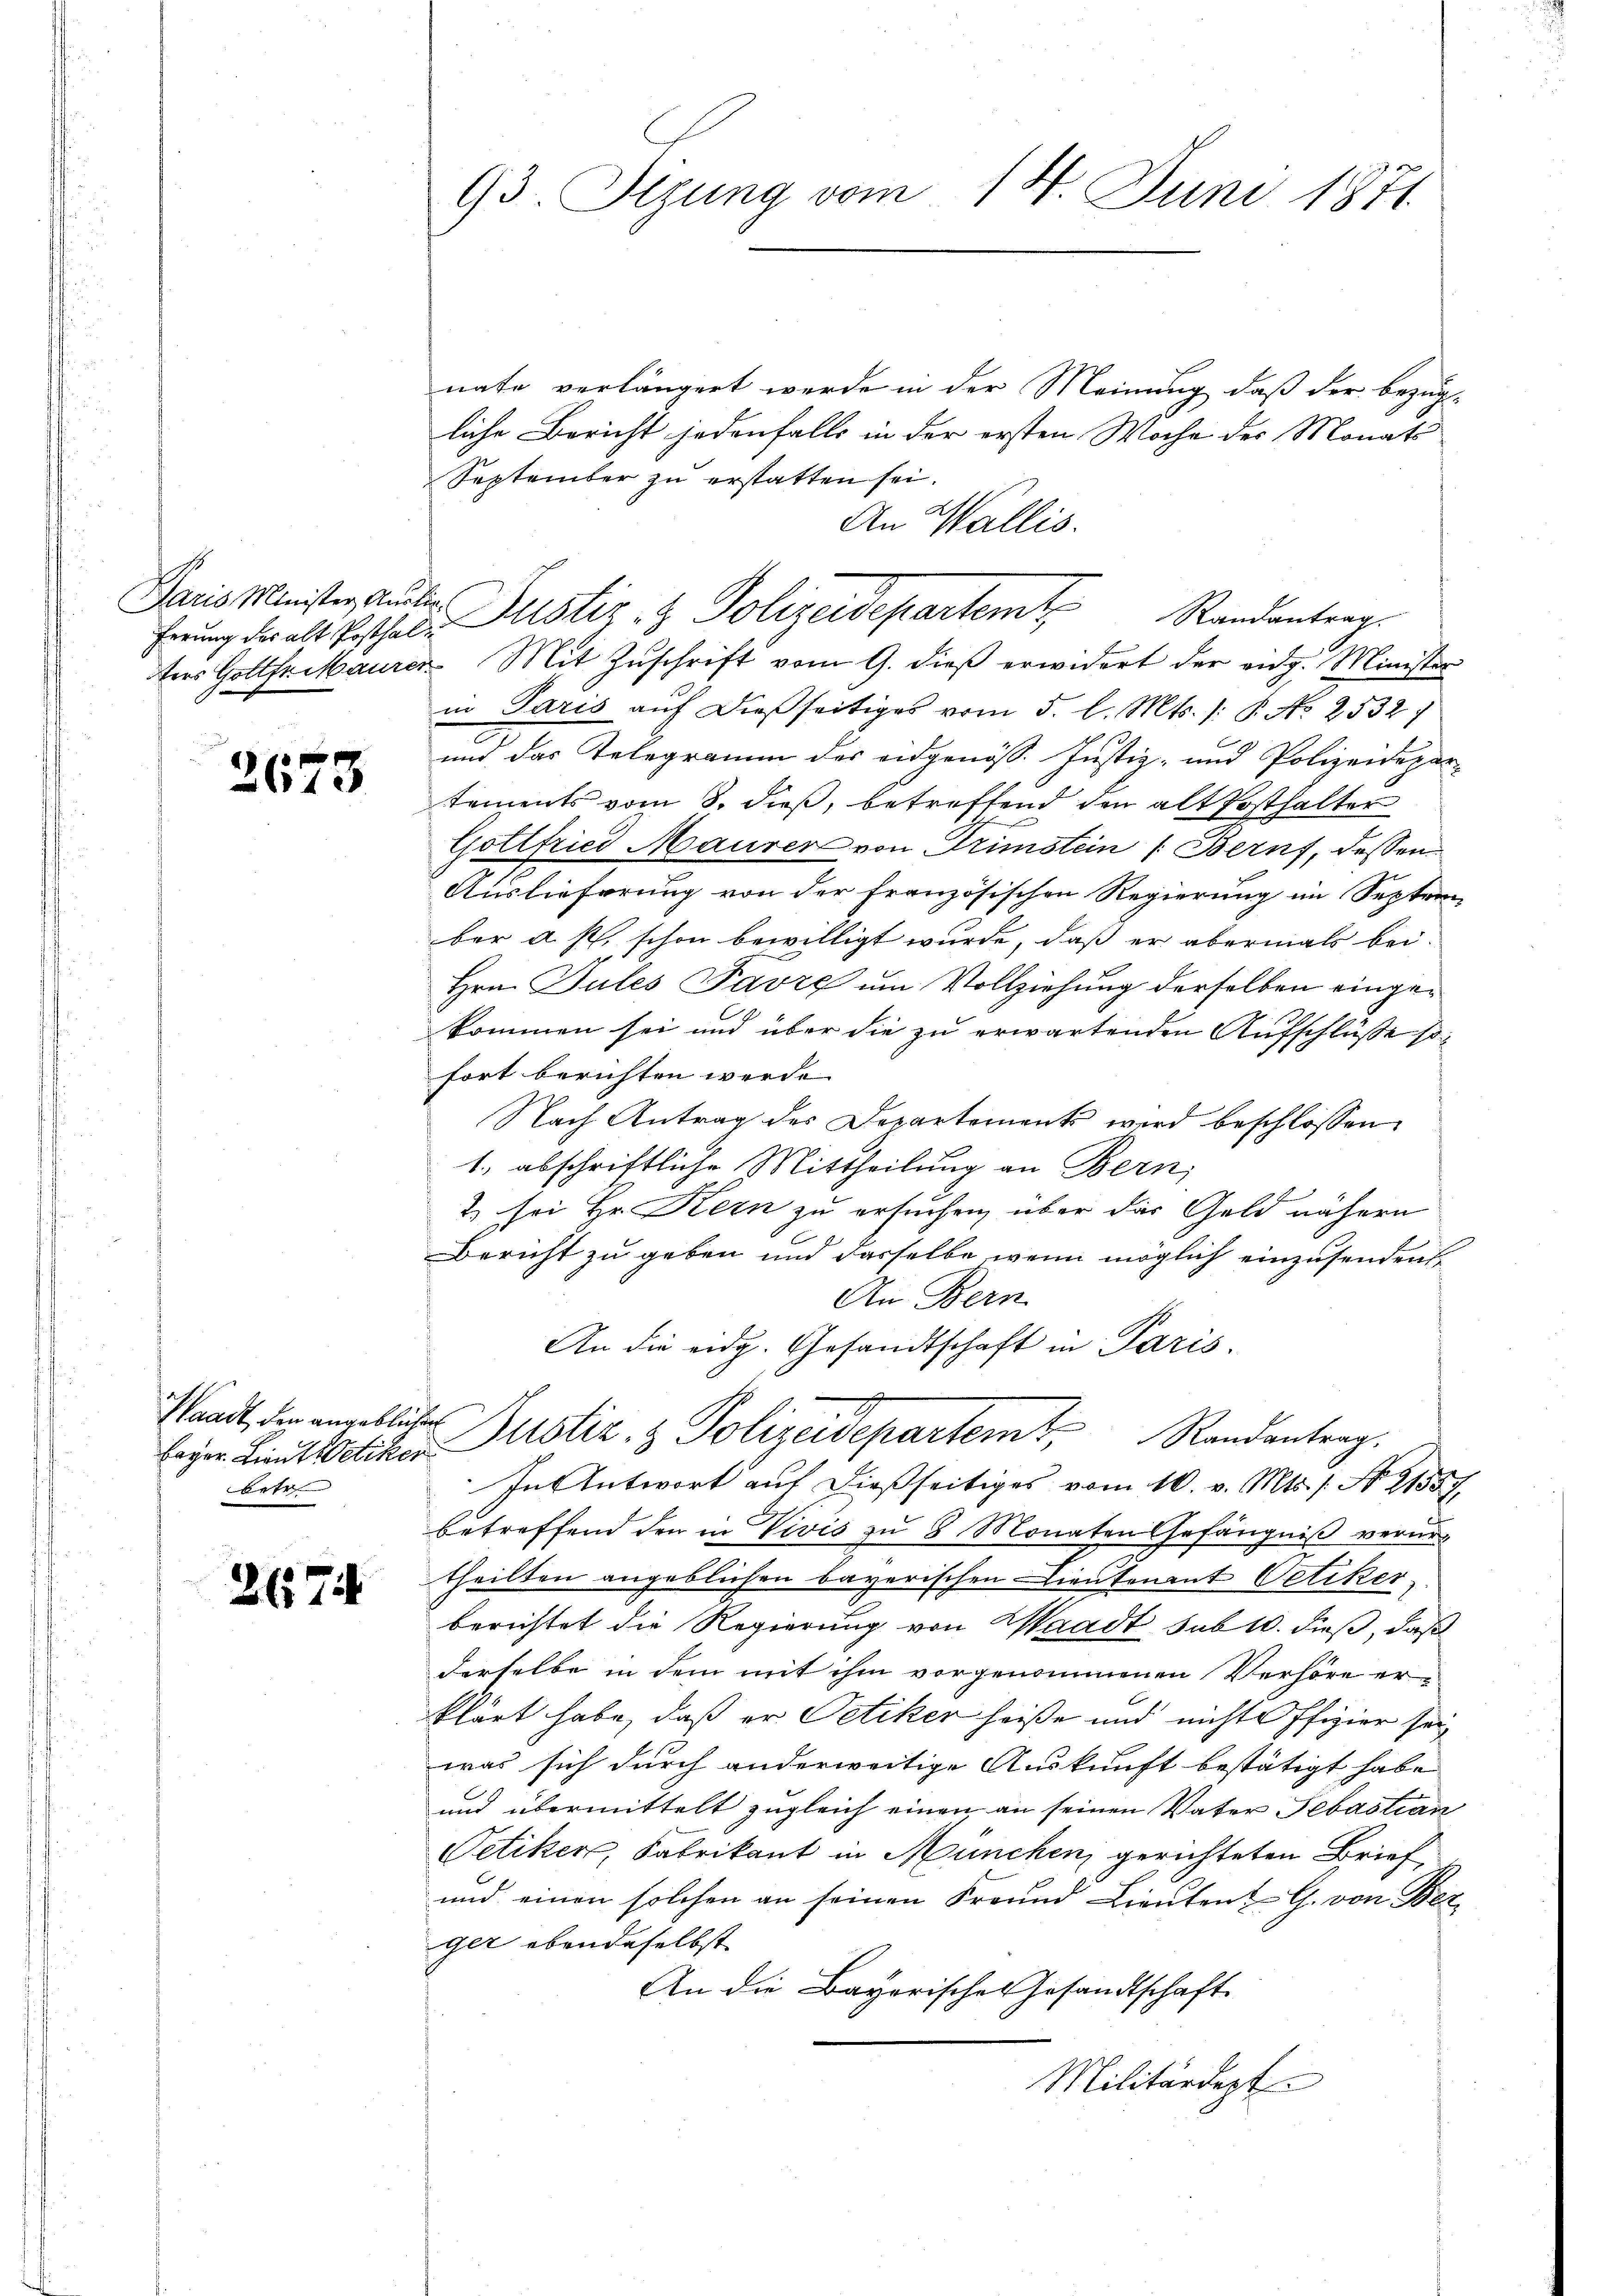
Paris Minister, Auslie
ferung des alt Posthal¬

2673

nate verlängert werde in der Meinung, daß der bezüg-
liche Bericht jedenfalls in der ersten Woche des Monats
September zu erstatten sei.
An Wallis.
tres Gottfriaurer Mit Zŭschrift vom 9. dieβ erwidert der eidg. Minister
in Paris aŭf dießseitiges vom 5. l. Mts. /: P. No 2532)
und das Telegramm des eidgenöss. Justiz- und Polizeidepartements vom 8. dieß, betreffend den alt Posthalter
Gottfried Maurer von Trimstein (Berns, dessen
Auslieferung von der französischen Regierung im Septern
ber d. h. schon bewilligt wurde, daß er abermals bei-
Hrn. Gutes Favre um Vollziehung derselben eingekommen sei und über die zu erwartenden Aufschlüsse sofort berichten werde.
Nach Antrag des Departement wird beschlossen
1., abschriftliche Mittheilung an Bern,
2
2. sei Hr. Kern zu ersuchen, über das Geld nähern
Bericht zu geben und dasselbe, wenn möglich einzusendent¬
An Bern.
An die eidg. Gesandtschaft in Paris.
beyer Linthetiker Justiz- & Polizeidepartemt, Randantrag.
In Antwort auf dießseitiges vom 10. v. Mts. s. S. 21557
betreffend den in Vivis zu 8 Monaten Gefängniß verurtheilten angeblichen bayerischen Lieutenant Oetiker,
berichtet die Regierung von Waadt sub 10. dieß, daß
derselbe in dem mit ihm vorgenommenen Verhöre erklärt habe, daß er Petiker heiße und nicht Offizier seiwas sich durch anderweitige Auskunft bestätigt habe
und übermittelt zugleich einen an seinen Vater Sebastian
Oetiken, Fabrikant in München, gerichteten Brief
und einen solchen an seinen Freund Lieŭten G. von Bez
ger ebendeselbst
An die Bayerisches Gesandtschaft
Militärdept

Waadt, der angeblichen
betr

2674

93. Tizung vom 14. Juni 1871.

Justiz & Polizeidepartemt
Randantrag.